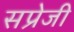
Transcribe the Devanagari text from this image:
सप्रेजी